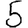
Digit: 5